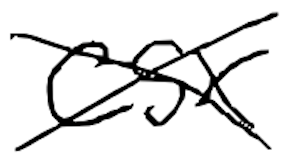
Text: CSX
Cross-out: cross
Writing tool: digital_black